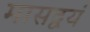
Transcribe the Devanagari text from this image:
मासद्वयं